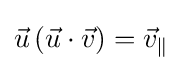
{\vec {u}}\left({\vec {u}}\cdot {\vec {v}}\right)={\vec {v}}_{\|}